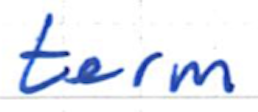
Text: term
Cross-out: clean
Writing tool: ballpoint